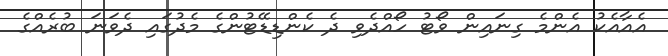
އެއާއެކު އެންމެ ގިނައިން ވޯޓު ހޯއްދެވި ދެ ކެންޑިޑޭޓުންގެ މެދުގައި ދެވަނަ ބުރެއްގެ